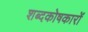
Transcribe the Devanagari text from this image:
शब्दकोषकारों